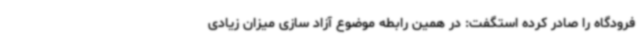
فرودگاه را صادر کرده استگفت: در همین رابطه موضوع آزاد سازی میزان زیادی